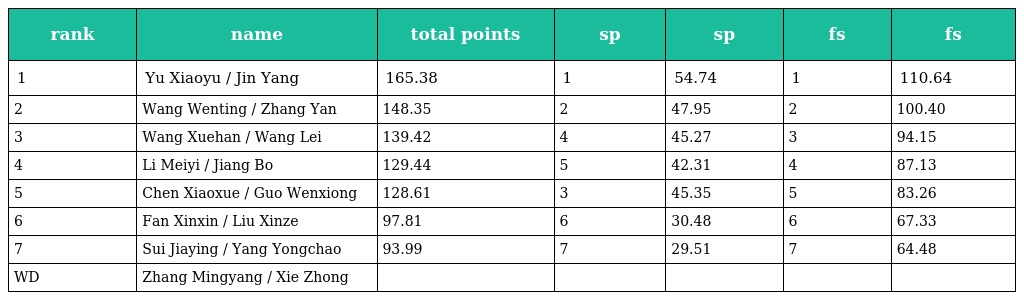
| rank | name | total points | sp | sp | fs | fs |
 | --- | --- | --- | --- | --- | --- | --- |
 | 1 | Yu Xiaoyu / Jin Yang | 165.38 | 1 | 54.74 | 1 | 110.64 |
 | 2 | Wang Wenting / Zhang Yan | 148.35 | 2 | 47.95 | 2 | 100.40 |
 | 3 | Wang Xuehan / Wang Lei | 139.42 | 4 | 45.27 | 3 | 94.15 |
 | 4 | Li Meiyi / Jiang Bo | 129.44 | 5 | 42.31 | 4 | 87.13 |
 | 5 | Chen Xiaoxue / Guo Wenxiong | 128.61 | 3 | 45.35 | 5 | 83.26 |
 | 6 | Fan Xinxin / Liu Xinze | 97.81 | 6 | 30.48 | 6 | 67.33 |
 | 7 | Sui Jiaying / Yang Yongchao | 93.99 | 7 | 29.51 | 7 | 64.48 |
 | WD | Zhang Mingyang / Xie Zhong |  |  |  |  |  |